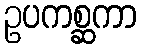
ဥပကစ္ဆကာ